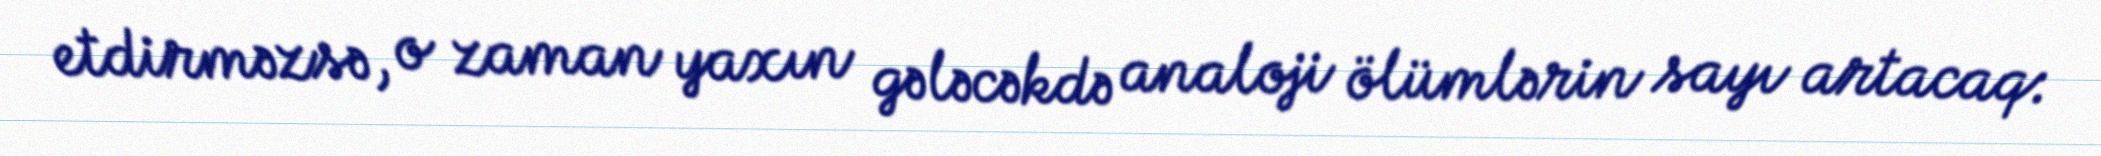
etdirməzsə, o zaman yaxın gələcəkdə analoji ölümlərin sayı artacaq: